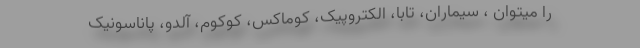
را میتوان ، سیماران، تابا، الکتروپیک، کوماکس، کوکوم، آلدو، پاناسونیک